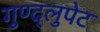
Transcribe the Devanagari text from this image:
गुण्द्लुपेट